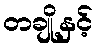
တချို့နှင့်